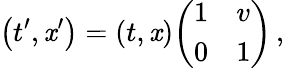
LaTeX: \left(t^{\prime},\mathit{x}^{\prime}\right)=(t,\mathit{x}){\left(\begin{array}{ll}{1}&{v}\\ {0}&{1}\end{array}\right)}\, ,